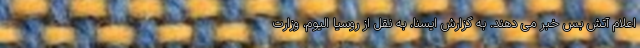
اعلام آتش بس خبر می دهند. به گزارش ایسنا، به نقل از روسیا الیوم، وزارت